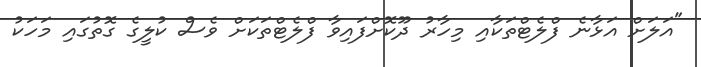
"އަލަށް އަޅާނެ ފްލެޓްތަކާއި މިހާރު ދޫކޮށްފައިވާ ފްލެޓްތަކަށް ވެސް ކުލީގެ ގޮތުގައި މަހަކު